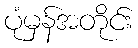
ပုံမှန်အတိုင်း